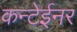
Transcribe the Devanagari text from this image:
कन्टेईनर